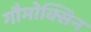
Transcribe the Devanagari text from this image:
गौमोक्सिन